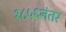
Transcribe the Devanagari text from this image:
१८५६नंतर